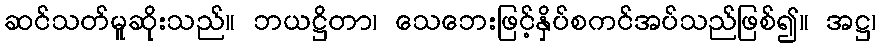
ဆင်သတ်မူဆိုးသည်။ ဘယဋ္ဌိတာ၊ သေဘေးဖြင့်နှိပ်စကင်အပ်သည်ဖြစ်၍။ အဋ္ဌ၊